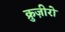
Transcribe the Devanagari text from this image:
क्रुज़ीरो